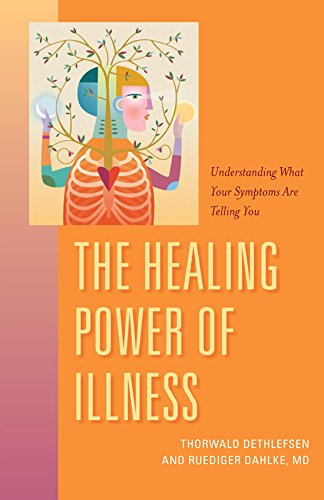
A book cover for The Healing Power of Illness: Understanding What Your Symptoms Are Telling You; Ruediger Dahlke M.D.; Health, Fitness & Dieting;